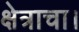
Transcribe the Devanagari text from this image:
क्षेत्राचा।